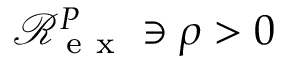
\mathcal R _ { \mathrm { ~ e ~ x ~ } } ^ { P } \ni \rho > 0